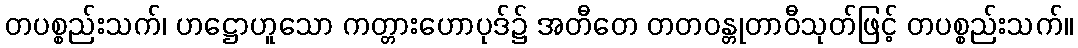
တပစ္စည်းသက်၊ ဟဋ္ဌောဟူသော ကတ္တားဟောပုဒ်၌ အတီတေ တတဝန္တုတာဝီသုတ်ဖြင့် တပစ္စည်းသက်။